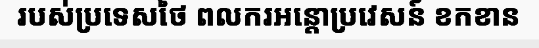
របស់ប្រទេសថៃ ពលករអន្តោប្រវេសន៍ ខកខាន